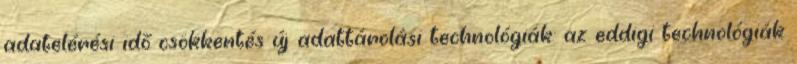
adatelérési idő csökkentés új adattárolási technológiák: az eddigi technológiák